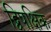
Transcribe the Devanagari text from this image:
द्विपक्षिक